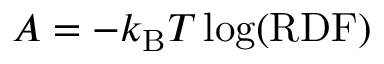
A = - k _ { \mathrm { B } } T \log ( \mathrm { R D F } )